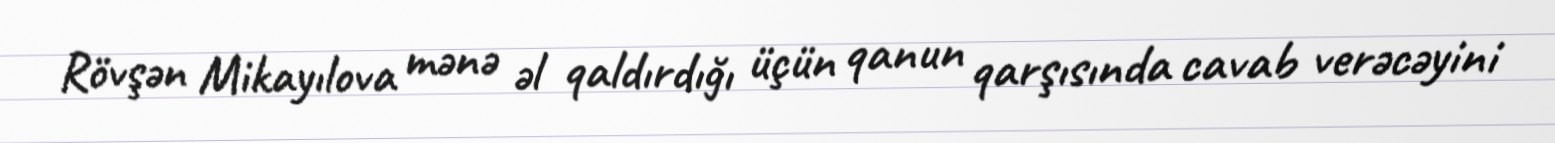
Rövşən Mikayılova mənə əl qaldırdığı üçün qanun qarşısında cavab verəcəyini